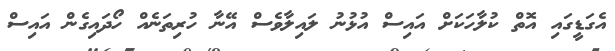
އެގަޑީގައި އޮތް ކުލާހަކަށް އައިސް އުޅުނު ލައިލާވެސް އޭނާ ހުރިތަނެއް ހޯދައިގެން އައިސް